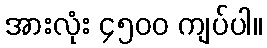
အားလုံး ၄၅၀၀ ကျပ်ပါ။